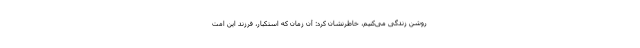
روشن زندگی می‌کنیم، خاطرنشان کرد: آن زمان که استکبار، فرزند این امت